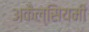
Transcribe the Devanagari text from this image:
अकैल्सियमी